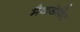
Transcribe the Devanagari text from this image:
मैकडेविट